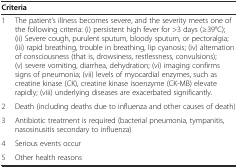
| <COLSPAN=2> Criteria |
 | --- | --- |
 | 1 | The patient’s illness becomes severe, and the severity meets one of the following criteria: (i) persistent high fever for >3 days (≥39°C); (ii) Severe cough, purulent sputum, bloody sputum, or pectoralgia; (iii) rapid breathing, trouble in breathing, lip cyanosis; (iv) alternation of consciousness (that is, drowsiness, restlessness, convulsions); (v) severe vomiting, diarrhea, dehydration; (vi) imaging confirms signs of pneumonia; (vii) levels of myocardial enzymes, such as creatine kinase (CK), creatine kinase isoenzyme (CK-MB) elevate rapidly; (viii) underlying diseases are exacerbated significantly. |
 | 2 | Death (including deaths due to influenza and other causes of death) |
 | 3 | Antibiotic treatment is required (bacterial pneumonia, tympanitis, nasosinusitis secondary to influenza) |
 | 4 | Serious events occur |
 | 5 | Other health reasons |